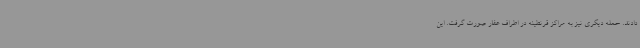
دادند. حمله دیگری نیز به مراکز قرنطینه در اطراف عفار صورت گرفت. این